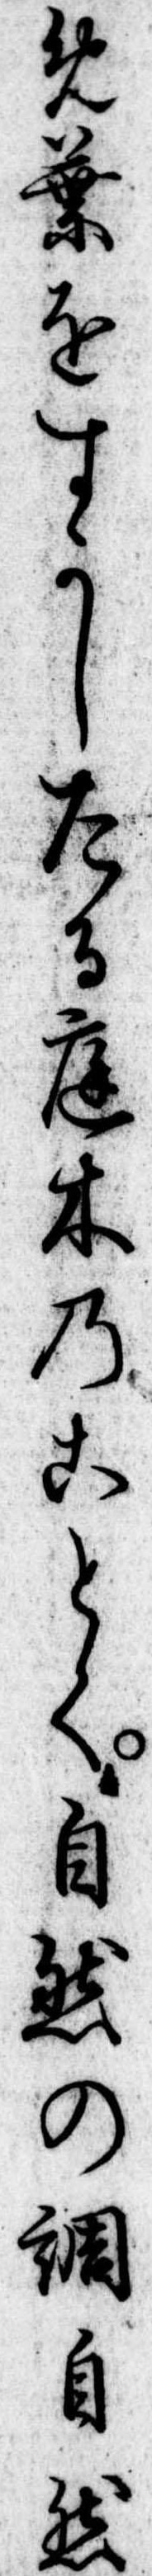
め葉をすかしたる庭木のことく自然の調自然